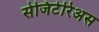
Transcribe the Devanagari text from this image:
सेजिटेरिअस